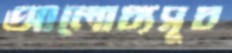
আলোচ্যসূচ